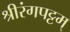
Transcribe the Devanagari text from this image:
श्रीरंगपट्टम्